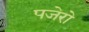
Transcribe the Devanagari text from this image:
पजेरो